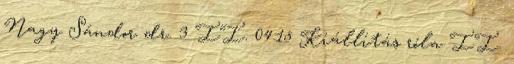
Nagy Sándor dr. 3 II. 04:15 Kiállítás róla II.